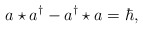
\begin{align*}a \star a^{\dagger} -a^{\dagger} \star a=\hbar ,\end{align*}